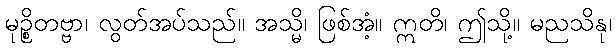
မုဉ္စိတဗ္ဗာ၊ လွတ်အပ်သည်။ အသ္မိ၊ ဖြစ်အံ့။ ဣတိ၊ ဤသို့။ မညသိနု၊